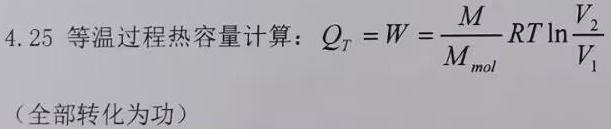
4.25 等温过程热容量计算：$Q_T = W = \frac{M}{M_{mol}} RT \ln \frac{V_2}{V_1}$（全部转化为功）